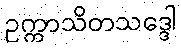
ဥက္ကာသိတသဒ္ဒေါ